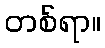
တစ်ရာ။